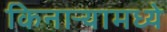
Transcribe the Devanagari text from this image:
किनाऱ्यामध्ये